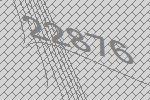
22876